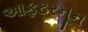
આફટરનૂન